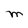
Character: M